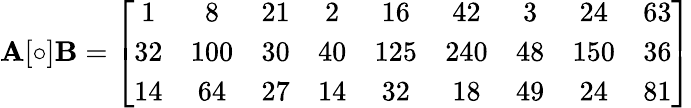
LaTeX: \mathbf{A}[\circ]\mathbf{B}=\left[{\begin{array}{ccccccccc}{1}&{8}&{21}&{2}&{16}&{42}&{3}&{24}&{63}\\ {32}&{100}&{30}&{40}&{125}&{240}&{48}&{150}&{36}\\ {14}&{64}&{27}&{14}&{32}&{18}&{49}&{24}&{81}\end{array}}\right]